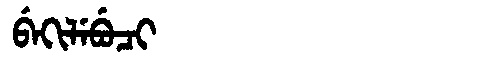
Manchu: ᠪᡝᡴᡳᠯᡝᠪᡠᠴᡳ
Romanization: BEKILEBUCI